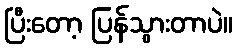
ပြီးတော့ ပြန်သွားတာပဲ။